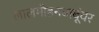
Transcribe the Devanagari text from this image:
लालमोहनबाबूंवर